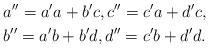
LaTeX: \begin{align*}&a''=a'a+b'c,c''=c'a+d'c,\\&b''=a'b+b'd,d''=c'b+d'd. \end{align*}